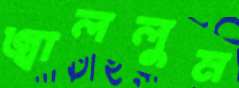
জ্বাললুম